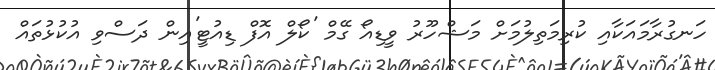
ހަނގުރާމައަކާއި ކުރިމަތިލުމަށް މަޝްހޫރު ވީޑިއޯ ގޭމް 'ކޯލް އޮފް ޑިއުޓީ'އިން ދަސްވި އުކުޅުތައް